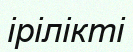
ірілікті